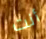
أنت